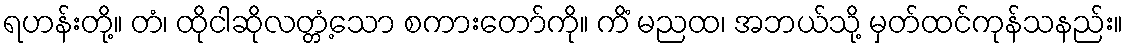
ရဟန်းတို့။ တံ၊ ထိုငါဆိုလတ္တံ့သော စကားတော်ကို။ ကိံ မညထ၊ အဘယ်သို့ မှတ်ထင်ကုန်သနည်း။